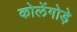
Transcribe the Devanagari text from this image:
कोलेंगोड़े